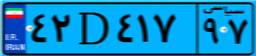
۴۲D۴۱۷۹۷